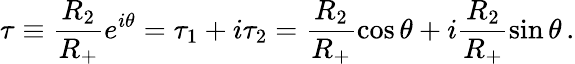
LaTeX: \tau\equiv\frac{R_{2}}{R_{+}}e^{i\theta}=\tau_{1}+i\tau_{2}=\frac{R_{2}}{R_{+}}\cos\theta+i\frac{R_{2}}{R_{+}}\sin\theta\, .